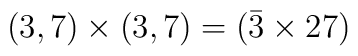
( 3, 7) \times ( 3, 7) = (\bar{3} \times 27 )